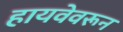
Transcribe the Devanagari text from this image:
हायवेवरून